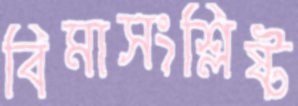
বিমাসংশ্লিষ্ট